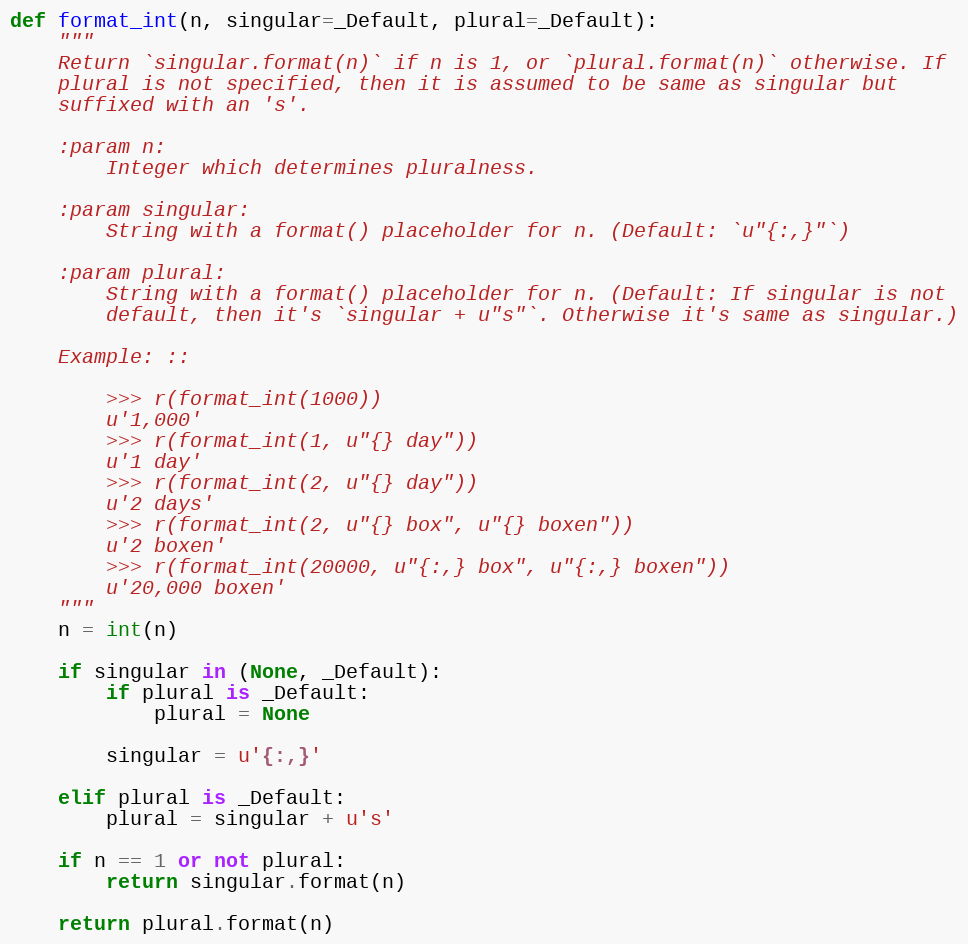
Language: Python
def format_int(n, singular=_Default, plural=_Default):
    """
    Return `singular.format(n)` if n is 1, or `plural.format(n)` otherwise. If
    plural is not specified, then it is assumed to be same as singular but
    suffixed with an 's'.

    :param n:
        Integer which determines pluralness.

    :param singular:
        String with a format() placeholder for n. (Default: `u"{:,}"`)

    :param plural:
        String with a format() placeholder for n. (Default: If singular is not
        default, then it's `singular + u"s"`. Otherwise it's same as singular.)

    Example: ::

        >>> r(format_int(1000))
        u'1,000'
        >>> r(format_int(1, u"{} day"))
        u'1 day'
        >>> r(format_int(2, u"{} day"))
        u'2 days'
        >>> r(format_int(2, u"{} box", u"{} boxen"))
        u'2 boxen'
        >>> r(format_int(20000, u"{:,} box", u"{:,} boxen"))
        u'20,000 boxen'
    """
    n = int(n)

    if singular in (None, _Default):
        if plural is _Default:
            plural = None

        singular = u'{:,}'

    elif plural is _Default:
        plural = singular + u's'

    if n == 1 or not plural:
        return singular.format(n)

    return plural.format(n)